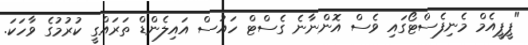
"ޕީޕީއެމް މެނިފެސްޓޯގައި ވެސް އޮންނާނެ ގެސްޓް ހައުސް އައިލެންޑް ތަރައްގީ ކުރުމުގެ ވާހަކަ.